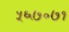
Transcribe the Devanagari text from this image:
५६७०७१